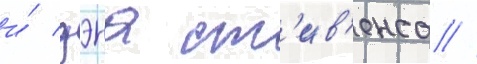
и́ дэна ст'ив'енса //